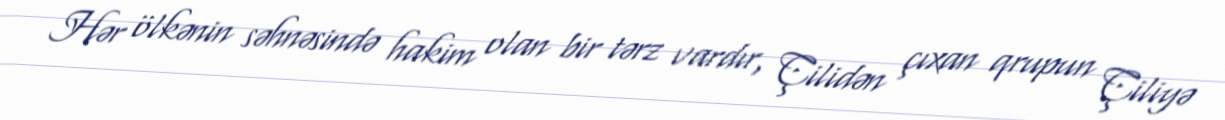
Hər ölkənin səhnəsində hakim olan bir tərz vardır, Çilidən çıxan qrupun Çiliyə